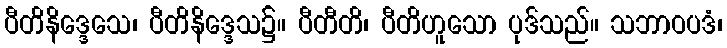
ပီတိနိဒ္ဒေသေ၊ ပီတိနိဒ္ဒေသ၌။ ပီတီတိ၊ ပီတိဟူသော ပုဒ်သည်။ သဘာဝပဒံ၊